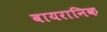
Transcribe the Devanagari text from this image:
बायरानिक